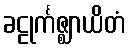
ခဠုင်္ကဇ္ဈာယိတံ